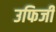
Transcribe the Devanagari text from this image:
उफिजी